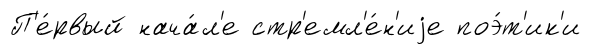
П'е́рвый нача́л'е стр'емл'е́н'иjе поэ́т'ик'и